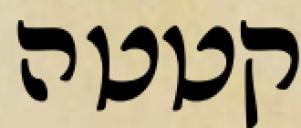
קטטה